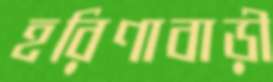
হরিণাবাড়ী